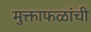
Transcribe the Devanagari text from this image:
मुक्ताफळांची